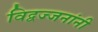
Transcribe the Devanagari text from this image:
विद्वज्जनांनी